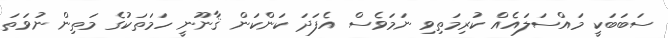
ސަބަބަކީ މައްސަލައެއް ކުރިމަތިވި ނަމަވެސް އެފަދަ ކަންކަން ޤާނޫނީ ހަމަތަކުގެ މަތިން ނުވަތަ